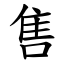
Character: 售